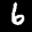
Label: 6